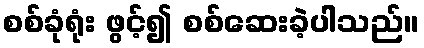
စစ်ခုံရုံး ဖွင့်၍ စစ်ဆေးခဲ့ပါသည်။